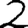
Digit: 2